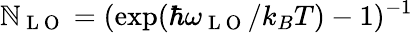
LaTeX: \mathbb{N}_{\mathrm{{~L~O~}}}=(\exp(\hbar\omega_{\mathrm{{~L~O~}}}/k_{B}T)-1)^{-1}